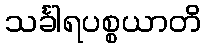
သင်္ခါရပစ္စယာတိ